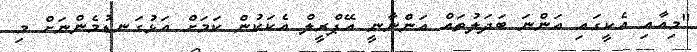
"މިއާއި އެކީގައި އަންނަ ބަދަލުތައް އަންނާނީ އޭޕްރީލް އެކަކުން ކަމަށް އަޅުގަނޑުމެންނަށް މި